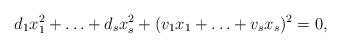
LaTeX: \begin{align*} d_1x_1^2 + \ldots + d_sx_s^2 + (v_1x_1 + \ldots + v_s x_s)^2 = 0,\end{align*}